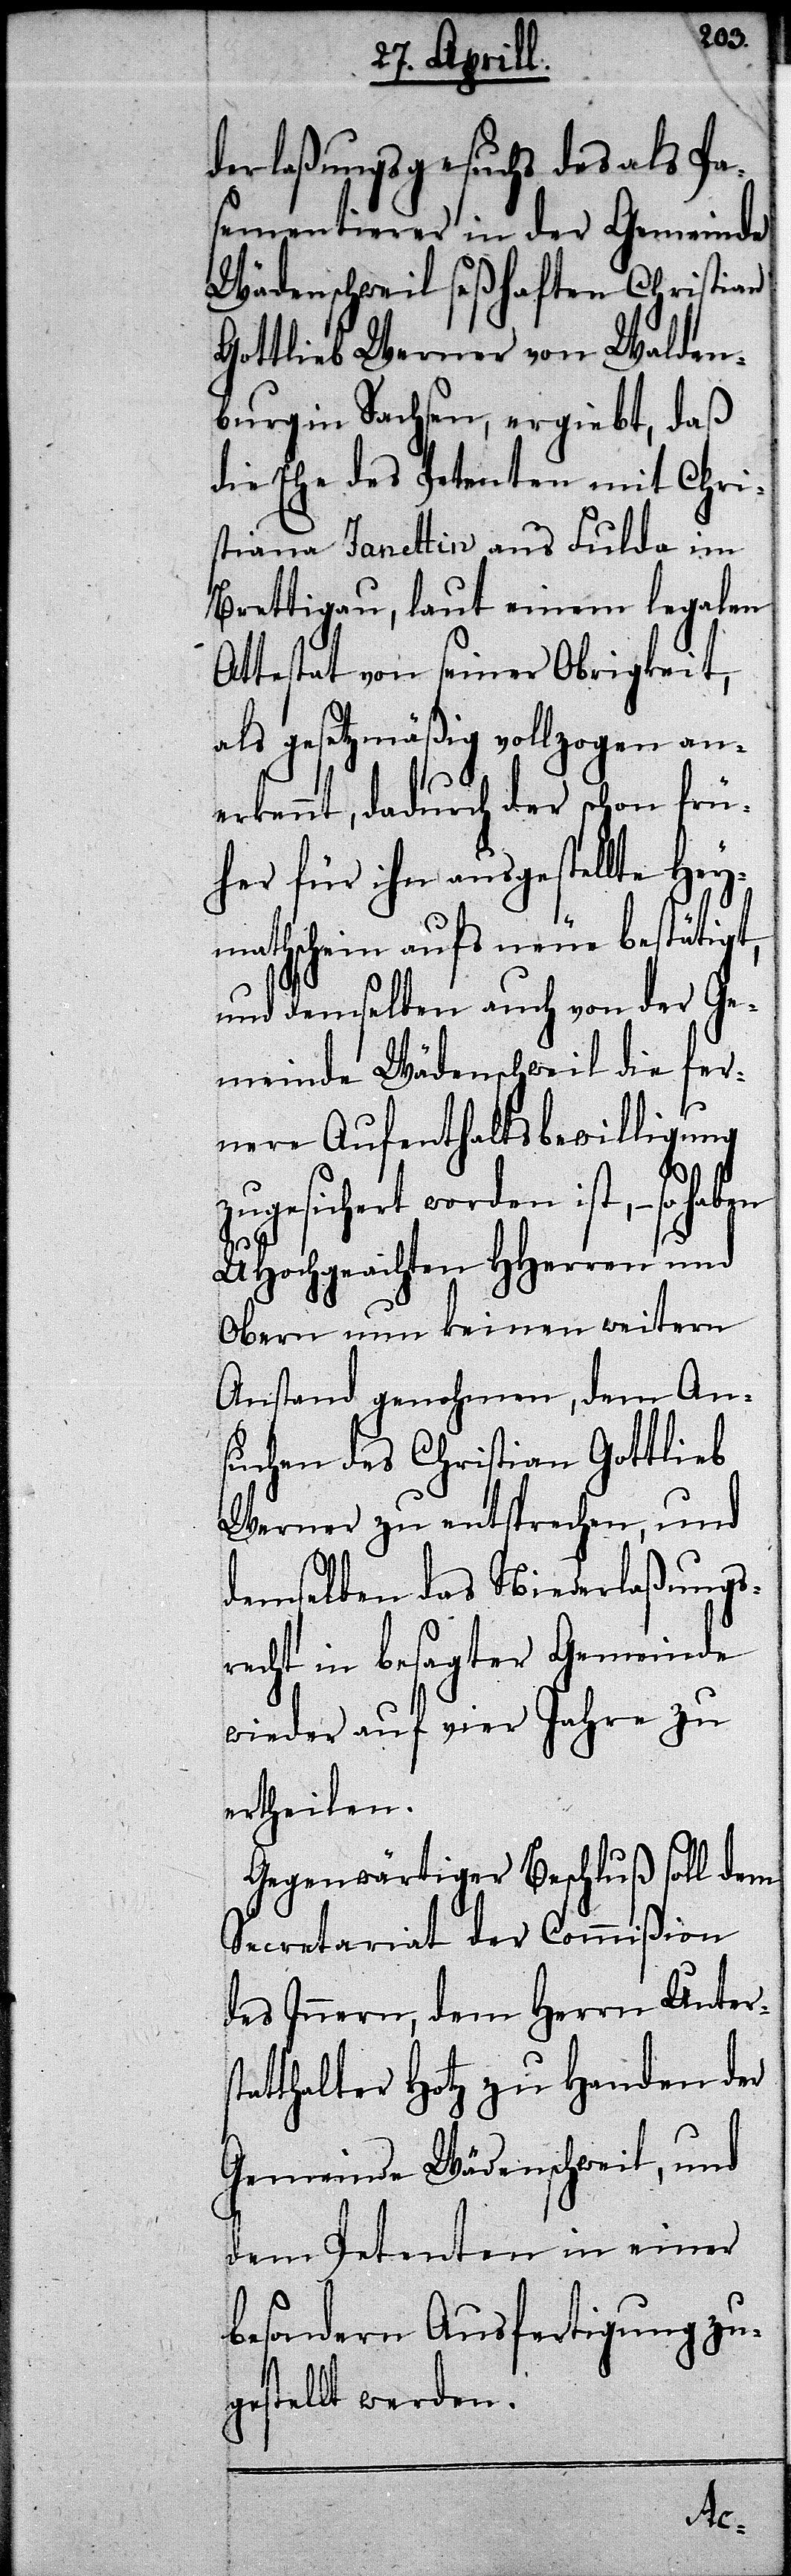
derlaßungsgesuchs des als Pa¬
sementierer in der Gemeinde
Wädenschweil seßhaften Christian
Gottlieb Werner von Walden¬
burg in Sachsen, ergiebt, daß
die Ehe des Petenten mit Chri¬
stiana Janettin aus Fulda im
Brettigau, laut einem legalen
Attestat von seiner Obrigkeit,
als gesetzmäßig vollzogen an¬
erkennt, dadurch der schon frü¬
her für ihn ausgestellte Hey¬
mathschein aufs neue bestätig¬
und demselben auch von der Ge¬
meinde Wädenschweil die fer¬
nere Aufenthaltsbewilligung
zugesichert worden ist, – so ha¬
UHochgeachten HHerren und
Obern nun keinen weitern
Anstand genohmen, dem An¬
suchen des Christian Gottlieb
Werner zu entsprechen, und
demselben das Niederlaßungs¬
recht in besagter Gemeinde
wieder auf vier Jahre zu
ertheilen.
Gegenwärtiger Beschluß soll dem
Secretariat der Commißion
des Innern, dem Herrn Unters¬
tatthalter Hotz zu Handen der
Gemeinde Wädenschweil, und
dem Petenten in einer
besondern Ausfertigung zu¬
gestellt werden.
ben